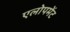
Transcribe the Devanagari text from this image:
एलोपमेंट